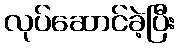
လုပ်ဆောင်ခဲ့ပြီး